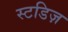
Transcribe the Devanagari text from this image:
स्टडिज़